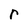
Character: r